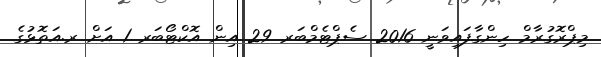
މިޕްރޮގުރާމް ހިންގާފައިވަނީ 2016 ސެޕްޓެމްބަރ 29 އިން އޮކްޓޯބަރ 1 އަށް ރ.އަތޮޅުގެ